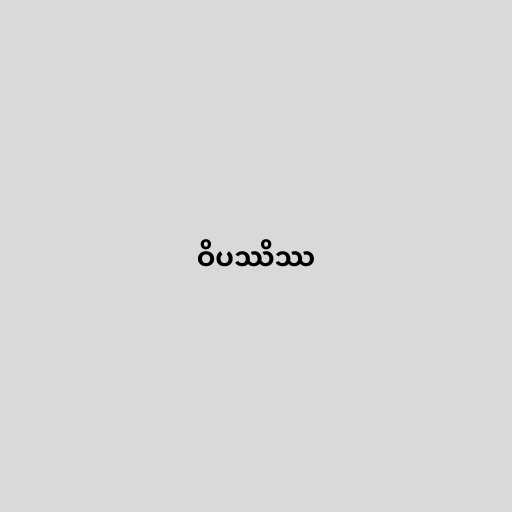
ဝိပဿိဿ